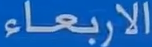
الاربعاء